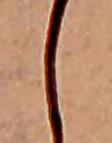
し